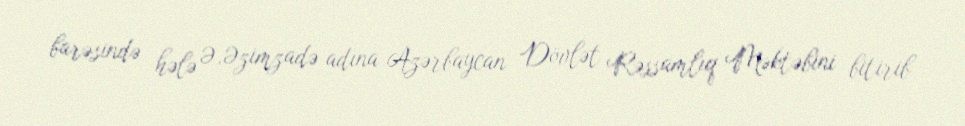
barəsində hələ Ə.Əzimzadə adına Azərbaycan Dövlət Rəssamlıq Məktəbini bitirib